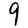
Digit: 9